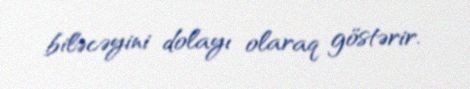
biləcəyini dolayı olaraq göstərir.